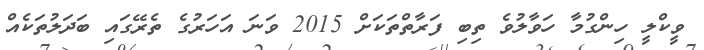
ވީކްލީ ހިންގުމާ ހަވާލުވެ ތިބި ފަރާތްތަކަށް 2015 ވަނަ އަހަރުގެ ތެރޭގައި ބަދަލުތަކެއް